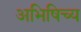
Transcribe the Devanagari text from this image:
अभिषिच्य